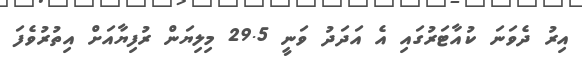
އިރު ދެވަނަ ކުއާޓަރުގައި އެ އަދަދު ވަނީ 29.5 މިލިޔަން ރުފިޔާއަށް އިތުރުވެފަ